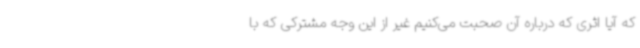
که آیا اثری که درباره آن صحبت می‌کنیم غیر از این وجه مشترکی که با